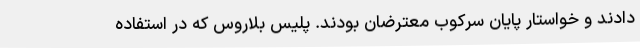
دادند و خواستار پایان سرکوب معترضان بودند. پلیس بلاروس که در استفاده